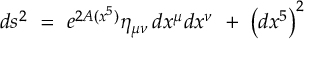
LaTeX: d s ^ { 2 } \ = \ e ^ { 2 A ( x ^ { 5 } ) } \eta _ { \mu \nu } \, d x ^ { \mu } d x ^ { \nu } \ + \ \left( d x ^ { 5 } \right) ^ { 2 }